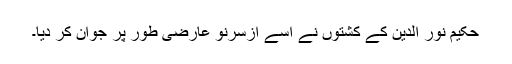
حکیم نور الدین کے کشتوں نے اسے ازسرنو عارضی طور پر جوان کر دیا۔